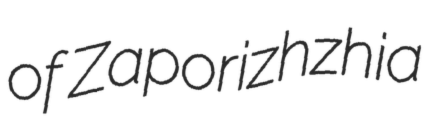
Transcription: of Zaporizhzhia